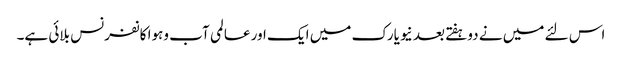
اس لئے میں نے دوہفتے بعد نیویارک میں ایک اور عالمی آب وہوا کانفرنس بلائی ہے۔